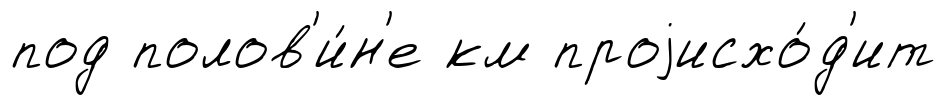
под полов'и́н'е км проjисхо́д'ит